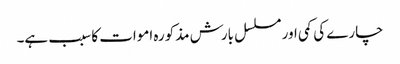
چارے کی کمی اور مسلسل بارش مذکورہ اموات کا سبب ہے۔